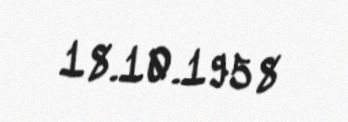
18.10.1958